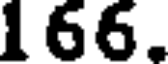
166.